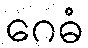
ဂေဓံ